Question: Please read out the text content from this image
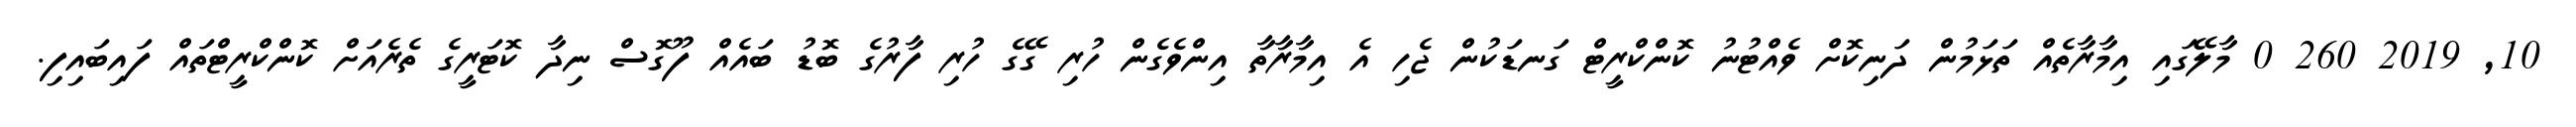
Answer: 10, 2019 260 0 މާލޭގައި އިމާރާތެއް ތަޅަމުން ދަނިކޮށް ވެއްޓުނު ކޮންކްރީޓް ގަނޑަކުން ޖެހި އެ އިމާރާތާ އިންވެގެން ހުރި ގޭގެ ހުރި ފާރުގެ ބޮޑު ބައެއް ފޫގޮސް ނިދާ ކޮޓަރީގެ ތެރެއަށް ކޮންކްރީޓްތައް ފައިބައިފި.